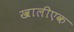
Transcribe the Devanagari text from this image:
खालीएक